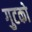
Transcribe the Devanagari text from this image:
गुटको